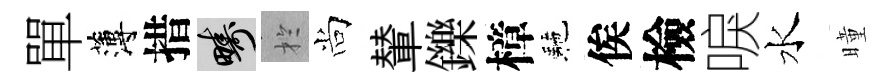
單薄措疇扵尚輦鑠樟駰俟檢唳水曈